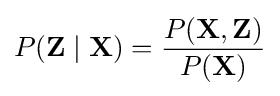
P(\mathbf {Z} \mid \mathbf {X} )={\frac {P(\mathbf {X} ,\mathbf {Z} )}{P(\mathbf {X} )}}